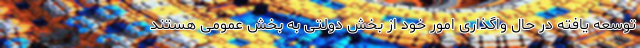
توسعه یافته در حال واگذاری امور خود از بخش دولتی به بخش عمومی هستند